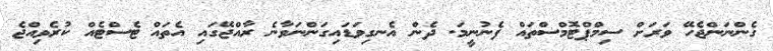
ގެންނަންޖެހޭ ވަރަށް ސިމްޕްޓޮމްސްތައް ފެނުނީމަ. ދެން އެނގިވަޑައިގަންނަވާނެ ރާއްޖޭގައި އެތައް ޓެސްޓެއް ކުރެވިއްޖެ